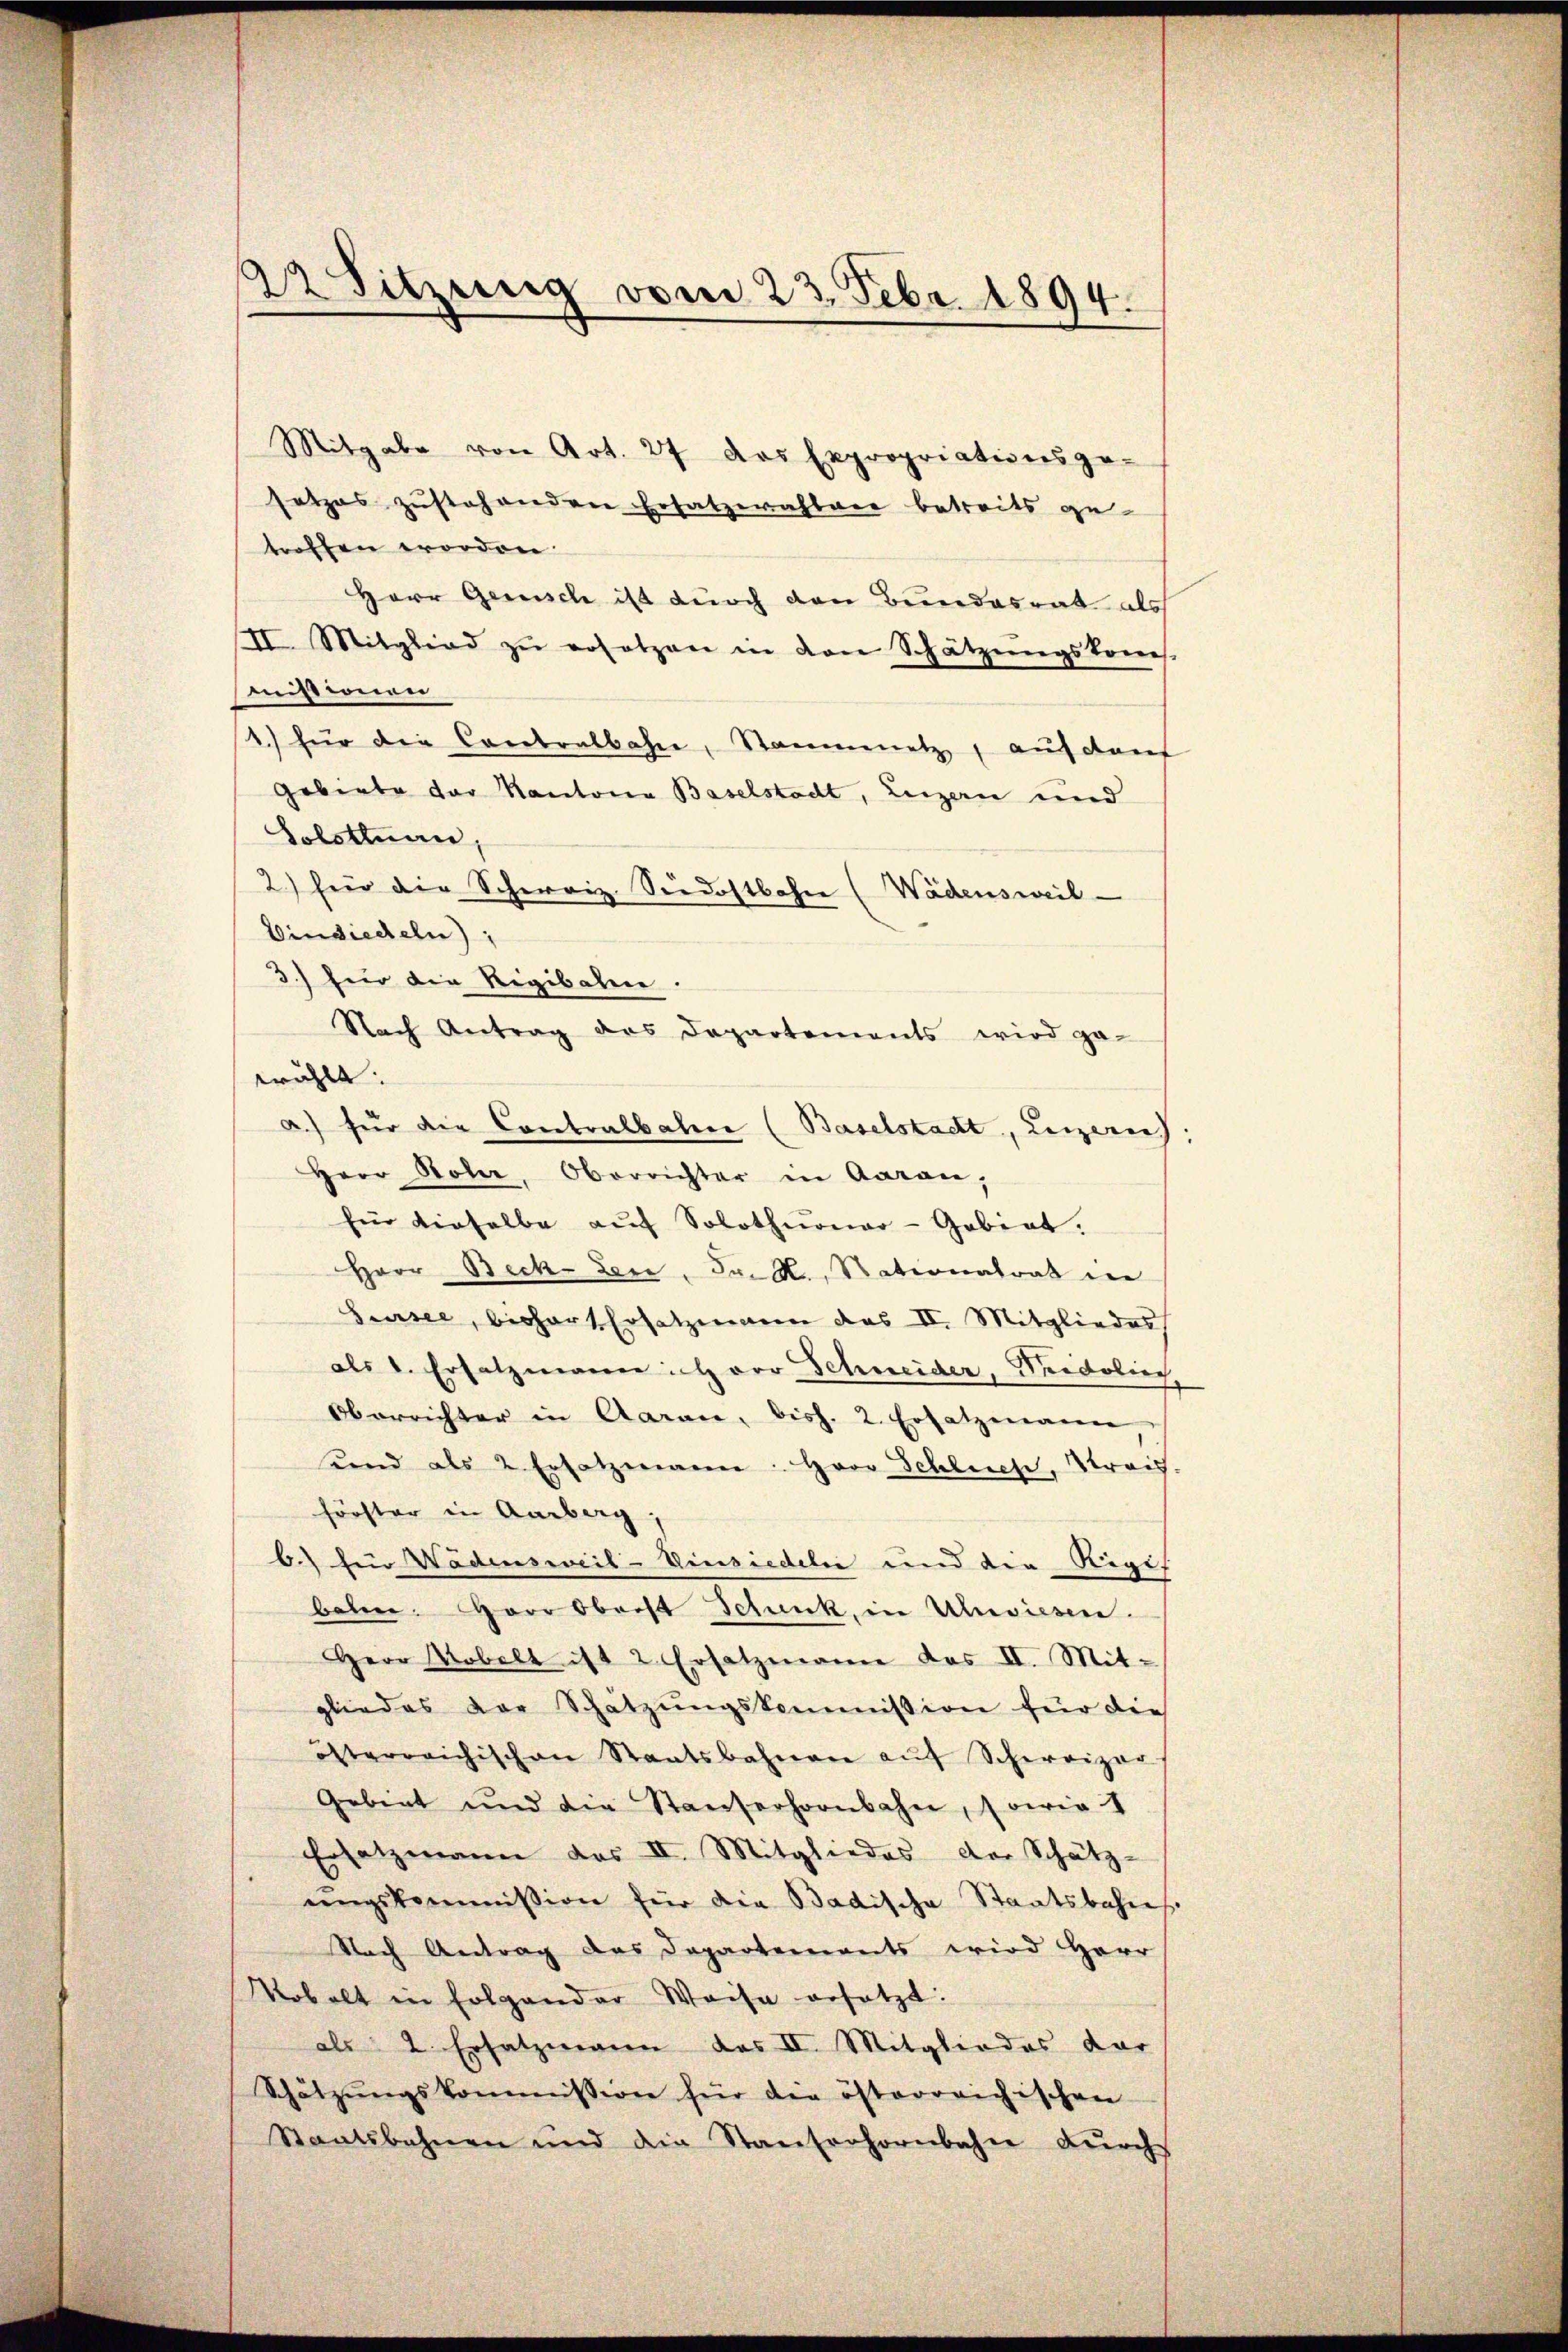
Mitgabe von Art. 27 das Expropriationsge-
setzes zustehenden Ersatzerahbare betreits ge-
troffen worden.
Herr Gemisch ist durch den Bundesrat als
II. Mitglied zŭ ersetzen in den Schätzŭngskom-
missionen
1.) für die Contralbahne, Stammmetz, auf dans
Gebiete der Kantona Baselstadt, Luzern und
Solsttuan,
2.) für die Schweiz Siedostbahn (Wädensweil
Einsiedeln);
3) für die Rigibalen.
wählt. |
Herr Rohr, Oberrichter in Aarau,
für dieselbe aŭf Solothurner-Gebiet.
Herr Beck-Lere. Dr. K. Rationalrat die
Giusee, bishart Ersatzmann das II. Mitgliedes
als d. Ersatzmann ich vor Schneider, Seidoliech
Oberrichter in Aaran, bish. 2. Ersatzmann
send als 2 Ersatzmann: Herr Schlech, Straf.
förster in Aarberg
b.) für Wädensweil-Vinsiedeln und die Regis
baten. Herr Oberst Schank, in Uhwiesen.
Herr Uebelt ist 2. Ersatzmann das II. Mit-
gliedes der Schätzŭngskommission für die
österreichischen Staatsbahnen aŭf Schereizer
Gebiet und die Stauserhornbahn, sowie 1
Ersatzmann das II. Mitgliedes der Schätz-
ŭngskommission für die Badische Staatsbahres
Nach Antrag das Departements wird Herr
Kobolt in folgender Weise ersetzt:
als 2. Ersatzmann des II. Mitgliedes dar
Schätzŭngskommission für die österreichischen
Staatsbahnen und die Stanterhornbahn dŭrch

22 Sitzung vom 23. Febr. 1894.

Nach Antrag des Departements wird ga
2.) für die Contralbahn (Baselstadt, Luzern)